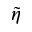
\tilde { \eta }